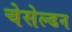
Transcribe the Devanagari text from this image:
चेसेल्डन